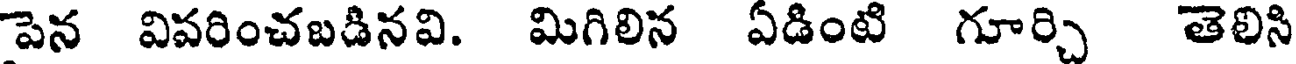
పెన విపరించబడినవి. మిగిలిన ఏడింటి గూర్చి తెలిసి